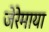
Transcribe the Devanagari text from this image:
जेरेमाया